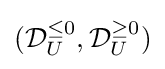
({\mathcal {D}}_{U}^{\leq 0},{\mathcal {D}}_{U}^{\geq 0})